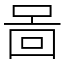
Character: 啚